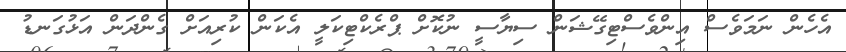
އެހެން ނަމަވެސް އިންވެސްޓިގޭޝަން ސިޔާސީ ނުކޮށް ޕްރެކްޓިކަލީ އެކަން ކުރިއަށް ގެންދަން އަޅުގަނޑު